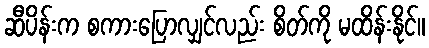
ဆီပိန်းက စကားပြောလျှင်လည်း စိတ်ကို မထိန်းနိုင်။